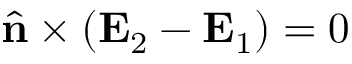
\hat { \mathbf { n } } \times ( \mathbf { E } _ { 2 } - \mathbf { E } _ { 1 } ) = 0